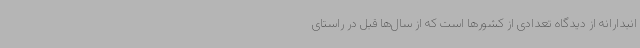
انبدارانه از دیدگاه تعدادی از کشورها است که از سال‌ها قبل در راستای